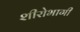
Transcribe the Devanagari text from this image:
शीरोभागी